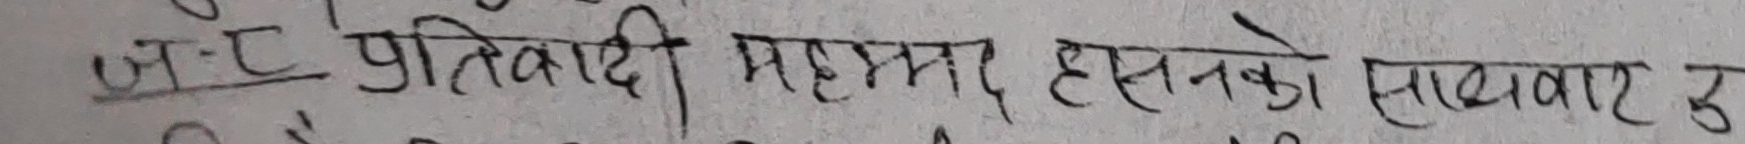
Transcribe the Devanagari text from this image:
जे-ट प्रतिवादी महमद हसनको साधात उ